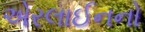
એરલાઈનનો